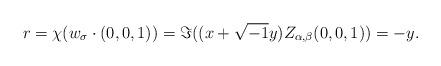
LaTeX: \begin{align*}r = \chi(w_{\sigma} \cdot (0,0,1)) = \Im ((x+\sqrt{-1}y)Z_{\alpha, \beta}(0,0,1)) = -y.\end{align*}